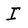
Character: I